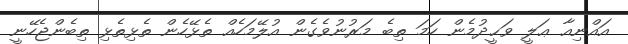
އައްނިއާ ޢަލީ ވަޙީދުމެން ހަމަ ތިބެ މަރުނުވެގެން އުލޭމަހެއް ތެޅޭހެން ތެޅިތެޅި ތިބެންޖެހޭނީ